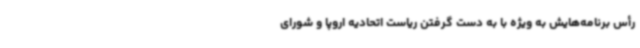
رأس برنامه‌هایش به ویژه با به دست گرفتن ریاست اتحادیه اروپا و شورای